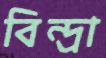
বিন্দ্রা